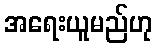
အရေးယူမည်ဟု